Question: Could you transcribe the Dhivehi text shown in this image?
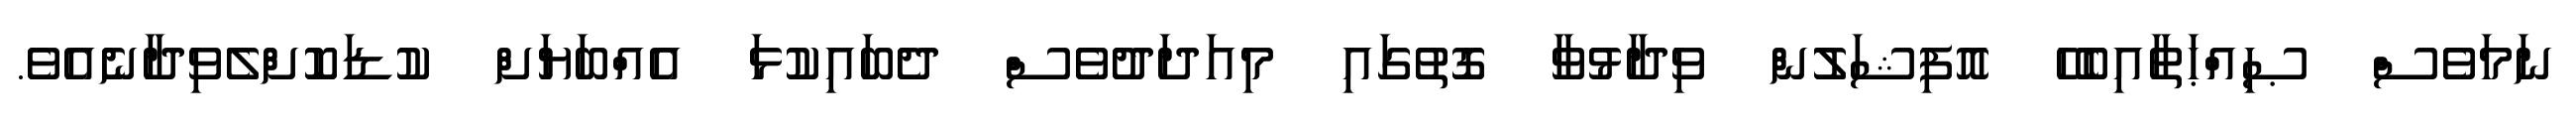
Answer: ނަމަވެސް ޞިއްޙަތާއިބެހޭ އޮފިޝަލުން ވިދާޅުވާ ގޮތުގައި މިއަދަދުވެސް ދެބައިކުޅަ އެއްބަޔަށް ކުޑަކޮށްލެވިދާނެއެވެ.